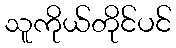
သူကိုယ်တိုင်ပင်